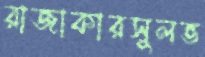
রাজাকারসুলভ